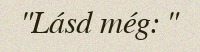
"Lásd még: "